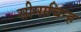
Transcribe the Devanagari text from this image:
सीमाचिन्‍ह